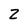
Character: 2